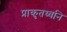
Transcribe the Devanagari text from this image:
प्राकृतध्वनि